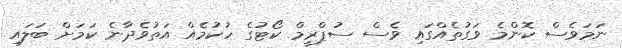
ނަމަވެސް ކޮންމެ ވަގުތެއްގައި ވެސް ސުޕްރީމް ކޯޓުގެ ހުކުމެއް އަތުވެދާނެ ކަމަށް ބަލައި